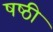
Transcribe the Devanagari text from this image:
षष्‍ठी